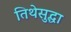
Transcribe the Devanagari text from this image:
तिथेसुद्धा